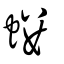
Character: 螻